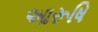
આરૂષિ